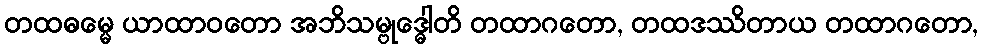
တထဓမ္မေ ယာထာဝတော အဘိသမ္ဗုဒ္ဓေါတိ တထာဂတော, တထဒဿိတာယ တထာဂတော,